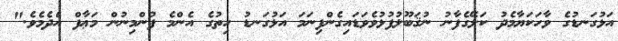
އަޅުގަނޑުގެ ވާހަކަޔާމެދު ކަލޭގެފާނު ނުޤަބޫލުފުޅުވެވަޑައިގެންފިނަމަ އަޅުގަނޑު ހިތުގެ އެންމެ ފުންމިނުން މަޢާފް އެދެމެވެ."